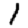
Digit: 1